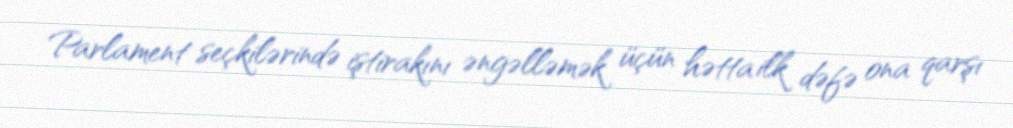
Parlament seçkilərində iştirakını əngəlləmək üçün hətta ilk dəfə ona qarşı